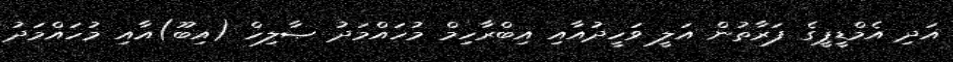
އަދި އެމްޑީޕީގެ ފަރާތުން އަލީ ވަހީދުއާއި އިބްރާހިމް މުހައްމަދު ޞާލިހް (އިބޫ)އާއި މުހައްމަދު